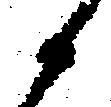
か